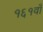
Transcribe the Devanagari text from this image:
१६१वाँ